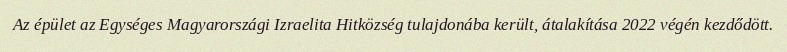
Az épület az Egységes Magyarországi Izraelita Hitközség tulajdonába került, átalakítása 2022 végén kezdődött.